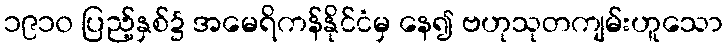
၁၉၁၀ ပြည့်နှစ်၌ အမေရိကန်နိုင်ငံမှ နေ၍ ဗဟုသုတကျမ်းဟူသော